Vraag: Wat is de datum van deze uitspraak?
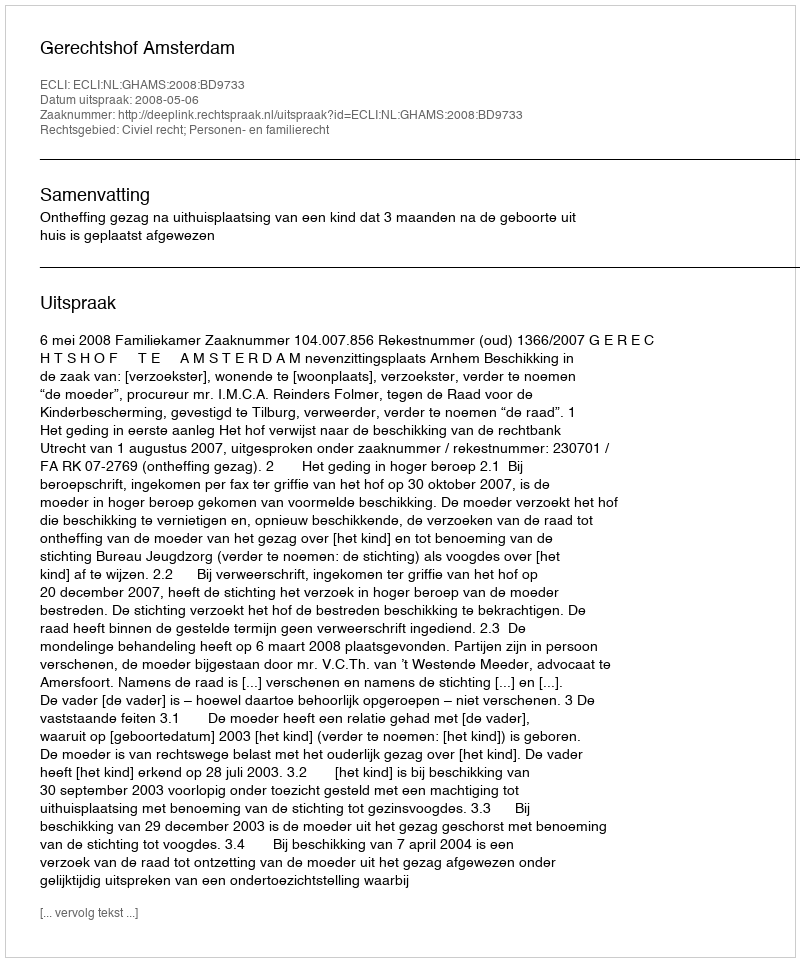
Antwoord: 2008-05-06